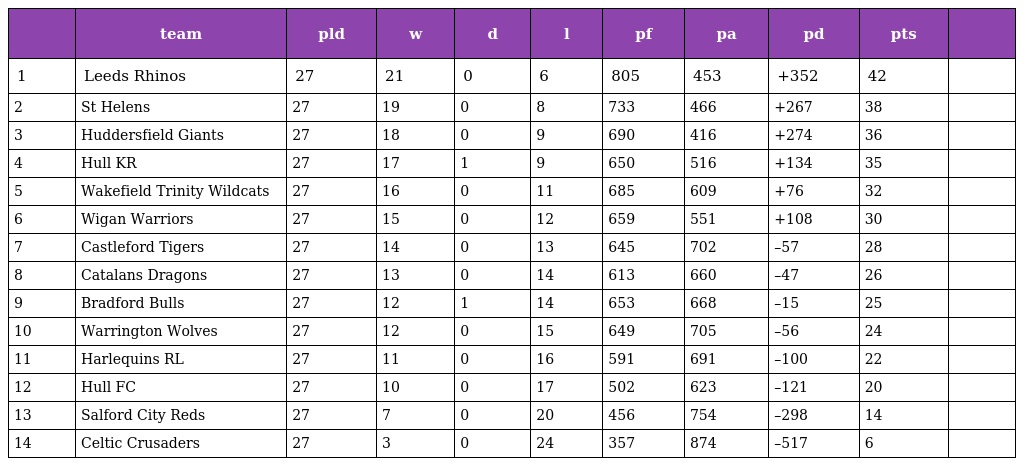
|  | team | pld | w | d | l | pf | pa | pd | pts |  |
 | --- | --- | --- | --- | --- | --- | --- | --- | --- | --- | --- |
 | 1 | Leeds Rhinos | 27 | 21 | 0 | 6 | 805 | 453 | +352 | 42 |  |
 | 2 | St Helens | 27 | 19 | 0 | 8 | 733 | 466 | +267 | 38 |  |
 | 3 | Huddersfield Giants | 27 | 18 | 0 | 9 | 690 | 416 | +274 | 36 |  |
 | 4 | Hull KR | 27 | 17 | 1 | 9 | 650 | 516 | +134 | 35 |  |
 | 5 | Wakefield Trinity Wildcats | 27 | 16 | 0 | 11 | 685 | 609 | +76 | 32 |  |
 | 6 | Wigan Warriors | 27 | 15 | 0 | 12 | 659 | 551 | +108 | 30 |  |
 | 7 | Castleford Tigers | 27 | 14 | 0 | 13 | 645 | 702 | –57 | 28 |  |
 | 8 | Catalans Dragons | 27 | 13 | 0 | 14 | 613 | 660 | –47 | 26 |  |
 | 9 | Bradford Bulls | 27 | 12 | 1 | 14 | 653 | 668 | –15 | 25 |  |
 | 10 | Warrington Wolves | 27 | 12 | 0 | 15 | 649 | 705 | –56 | 24 |  |
 | 11 | Harlequins RL | 27 | 11 | 0 | 16 | 591 | 691 | –100 | 22 |  |
 | 12 | Hull FC | 27 | 10 | 0 | 17 | 502 | 623 | –121 | 20 |  |
 | 13 | Salford City Reds | 27 | 7 | 0 | 20 | 456 | 754 | –298 | 14 |  |
 | 14 | Celtic Crusaders | 27 | 3 | 0 | 24 | 357 | 874 | –517 | 6 |  |